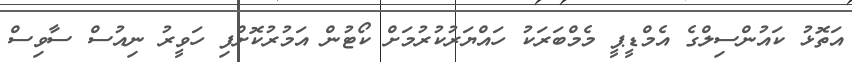
އަތޮޅު ކައުންސިލްގެ އެމްޑީޕީ މެމްބަރަކު ހައްޔަރުކުރުމަށް ކޯޓުން އަމުރުކޮށްފި ހަވީރު ނިއުސް ސާވިސް